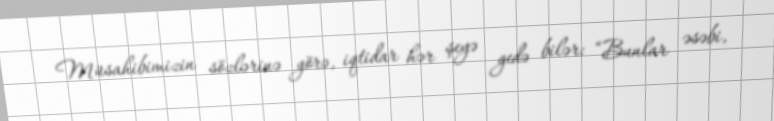
Müsahibimizin sözlərinə görə, iqtidar hər şeyə gedə bilər: “Bunlar əsəbi,